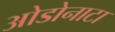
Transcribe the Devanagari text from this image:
ओडोनाटा